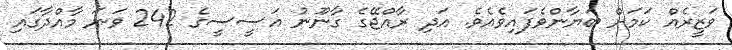
ވަޒީރެއް ކަމަށް ބަޔާންވެފައިވެއެވެ. އަދި ރާއްޖޭގެ ގާނޫނު އަސީސީގެ 242 ވަނަ މާއްދާގައި